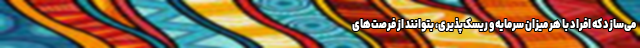
می‌سازد که افراد با هر میزان سرمایه و ریسک‌پذیری، بتوانند از فرصت‌های